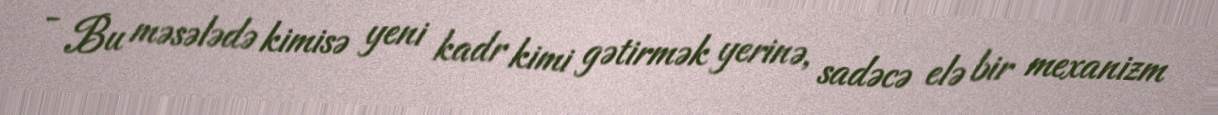
- Bu məsələdə kimisə yeni kadr kimi gətirmək yerinə, sadəcə elə bir mexanizm